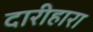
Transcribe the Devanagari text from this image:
दारीहारा